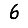
Digit: 6